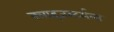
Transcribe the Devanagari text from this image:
क्लाइजस्टर्सला